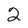
Character: 2